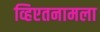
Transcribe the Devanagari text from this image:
व्हिएतनामला